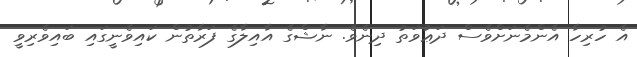
އެ ހުރިހާ އެންމެނަށްވެސް ދަޢުވަތު ދިނެވެ. ނާޝްގެ އާއިލާގެ ފަރާތުން ކައިވެނީގައި ބައިވެރިވީ